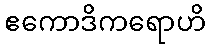
ဧကောဒိကရောဟိ